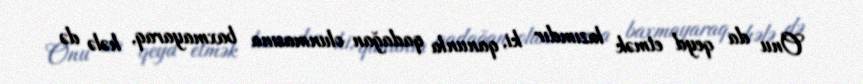
Onu da qeyd etmək lazımdır ki, qanunla qadağan olunmasına baxmayaraq, hələ də